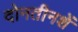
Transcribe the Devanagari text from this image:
दोनतीनशें